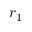
r _ { 1 }